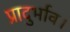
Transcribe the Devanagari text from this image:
प्रादुर्भाव।